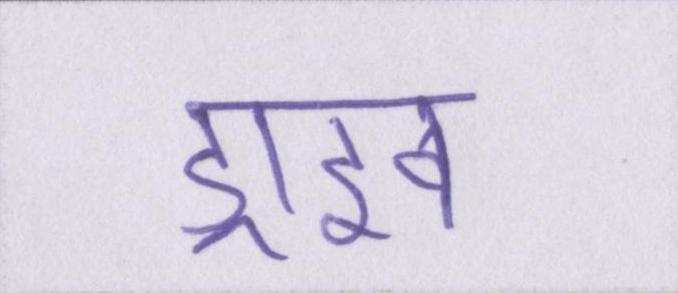
ड्राइव